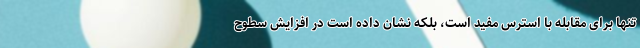
تنها برای مقابله با استرس مفید است، بلکه نشان داده است در افزایش سطوح